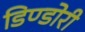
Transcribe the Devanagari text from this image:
डिण्डोरी